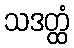
သဒတ္ထံ